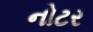
નોટર